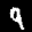
Label: 9